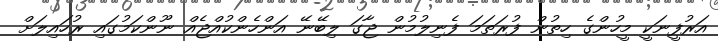
އަރުފީނަކީ މީހުންގެ ހިތުން ފުރަތަމަ ފެނިލުމުން ޖާގަ ލިބޭނޭ އަންހެންކުއްޖެއް ނޫންކަމުގައި ރުހައިލަށް